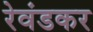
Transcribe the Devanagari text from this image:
रेवंडकर